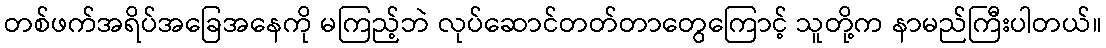
တစ်ဖက်အရိပ်အခြေအနေကို မကြည့်ဘဲ လုပ်ဆောင်တတ်တာတွေကြောင့် သူတို့က နာမည်ကြီးပါတယ်။